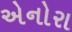
એનોરા